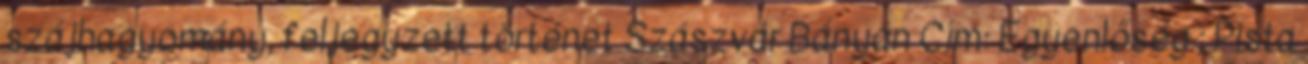
szájhagyomány, feljegyzett történet Szászvár Bányán Cím: Egyenlőség ; Pista